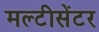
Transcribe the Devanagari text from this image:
मल्टीसेंटर